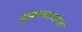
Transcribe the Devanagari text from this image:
शुक्राचार्याचा